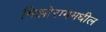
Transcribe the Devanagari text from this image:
मिझोराममधील